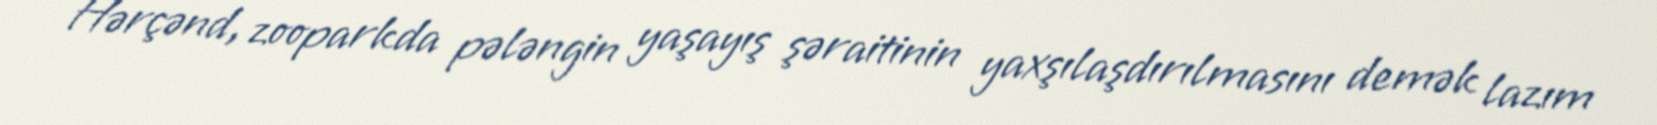
Hərçənd, zooparkda pələngin yaşayış şəraitinin yaxşılaşdırılmasını demək lazım